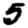
Digit: 5